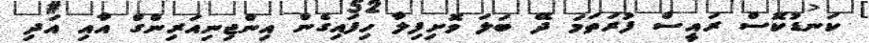
ކަނޑުކޮސް ރައީސް ފުރަތަމަ ދޭ ބަލަ ވޮށިފިލާ ހިފައިގެން އިންޖިނިއަރިންގް އާއި އަދި